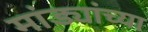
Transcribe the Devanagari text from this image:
मांड्यांच्या